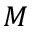
M